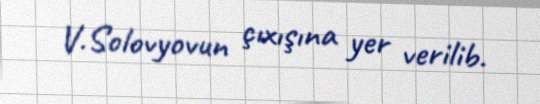
V.Solovyovun çıxışına yer verilib.